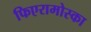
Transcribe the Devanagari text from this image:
फिएरामोस्का